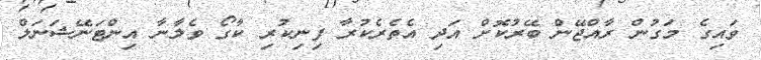
ވައިގެ މަގުން ރާއްޖޭން ބޭރުކޮށް އަދި އެތެރެކުރާ ފިނިކުރި ކާގޯ ވެލާނާ އިންޓަނޭޝަނަލް